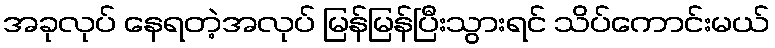
အခုလုပ် နေရတဲ့အလုပ် မြန်မြန်ပြီးသွားရင် သိပ်ကောင်းမယ်